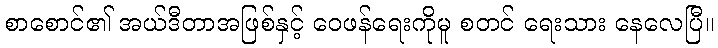
စာစောင်၏ အယ်ဒီတာအဖြစ်နှင့် ဝေဖန်ရေးကိုမူ စတင် ရေးသား နေလေပြီ။